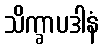
သိက္ခာပဒါနံ